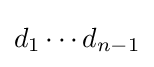
d_{1}\cdots d_{n-1}